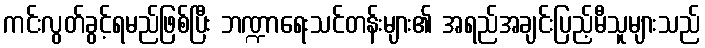
ကင်းလွတ်ခွင့်ရမည်ဖြစ်ပြီး ဘဏ္ဍာရေးသင်တန်းများ၏ အရည်အချင်းပြည့်မီသူများသည်